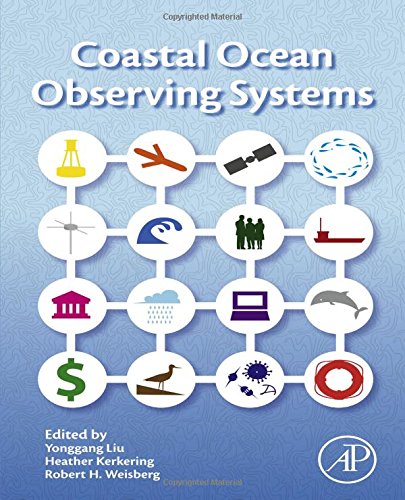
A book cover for Coastal Ocean Observing Systems; Engineering & Transportation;